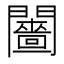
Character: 𨷗